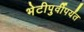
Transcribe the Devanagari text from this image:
भेटीपुर्वीपर्यंत